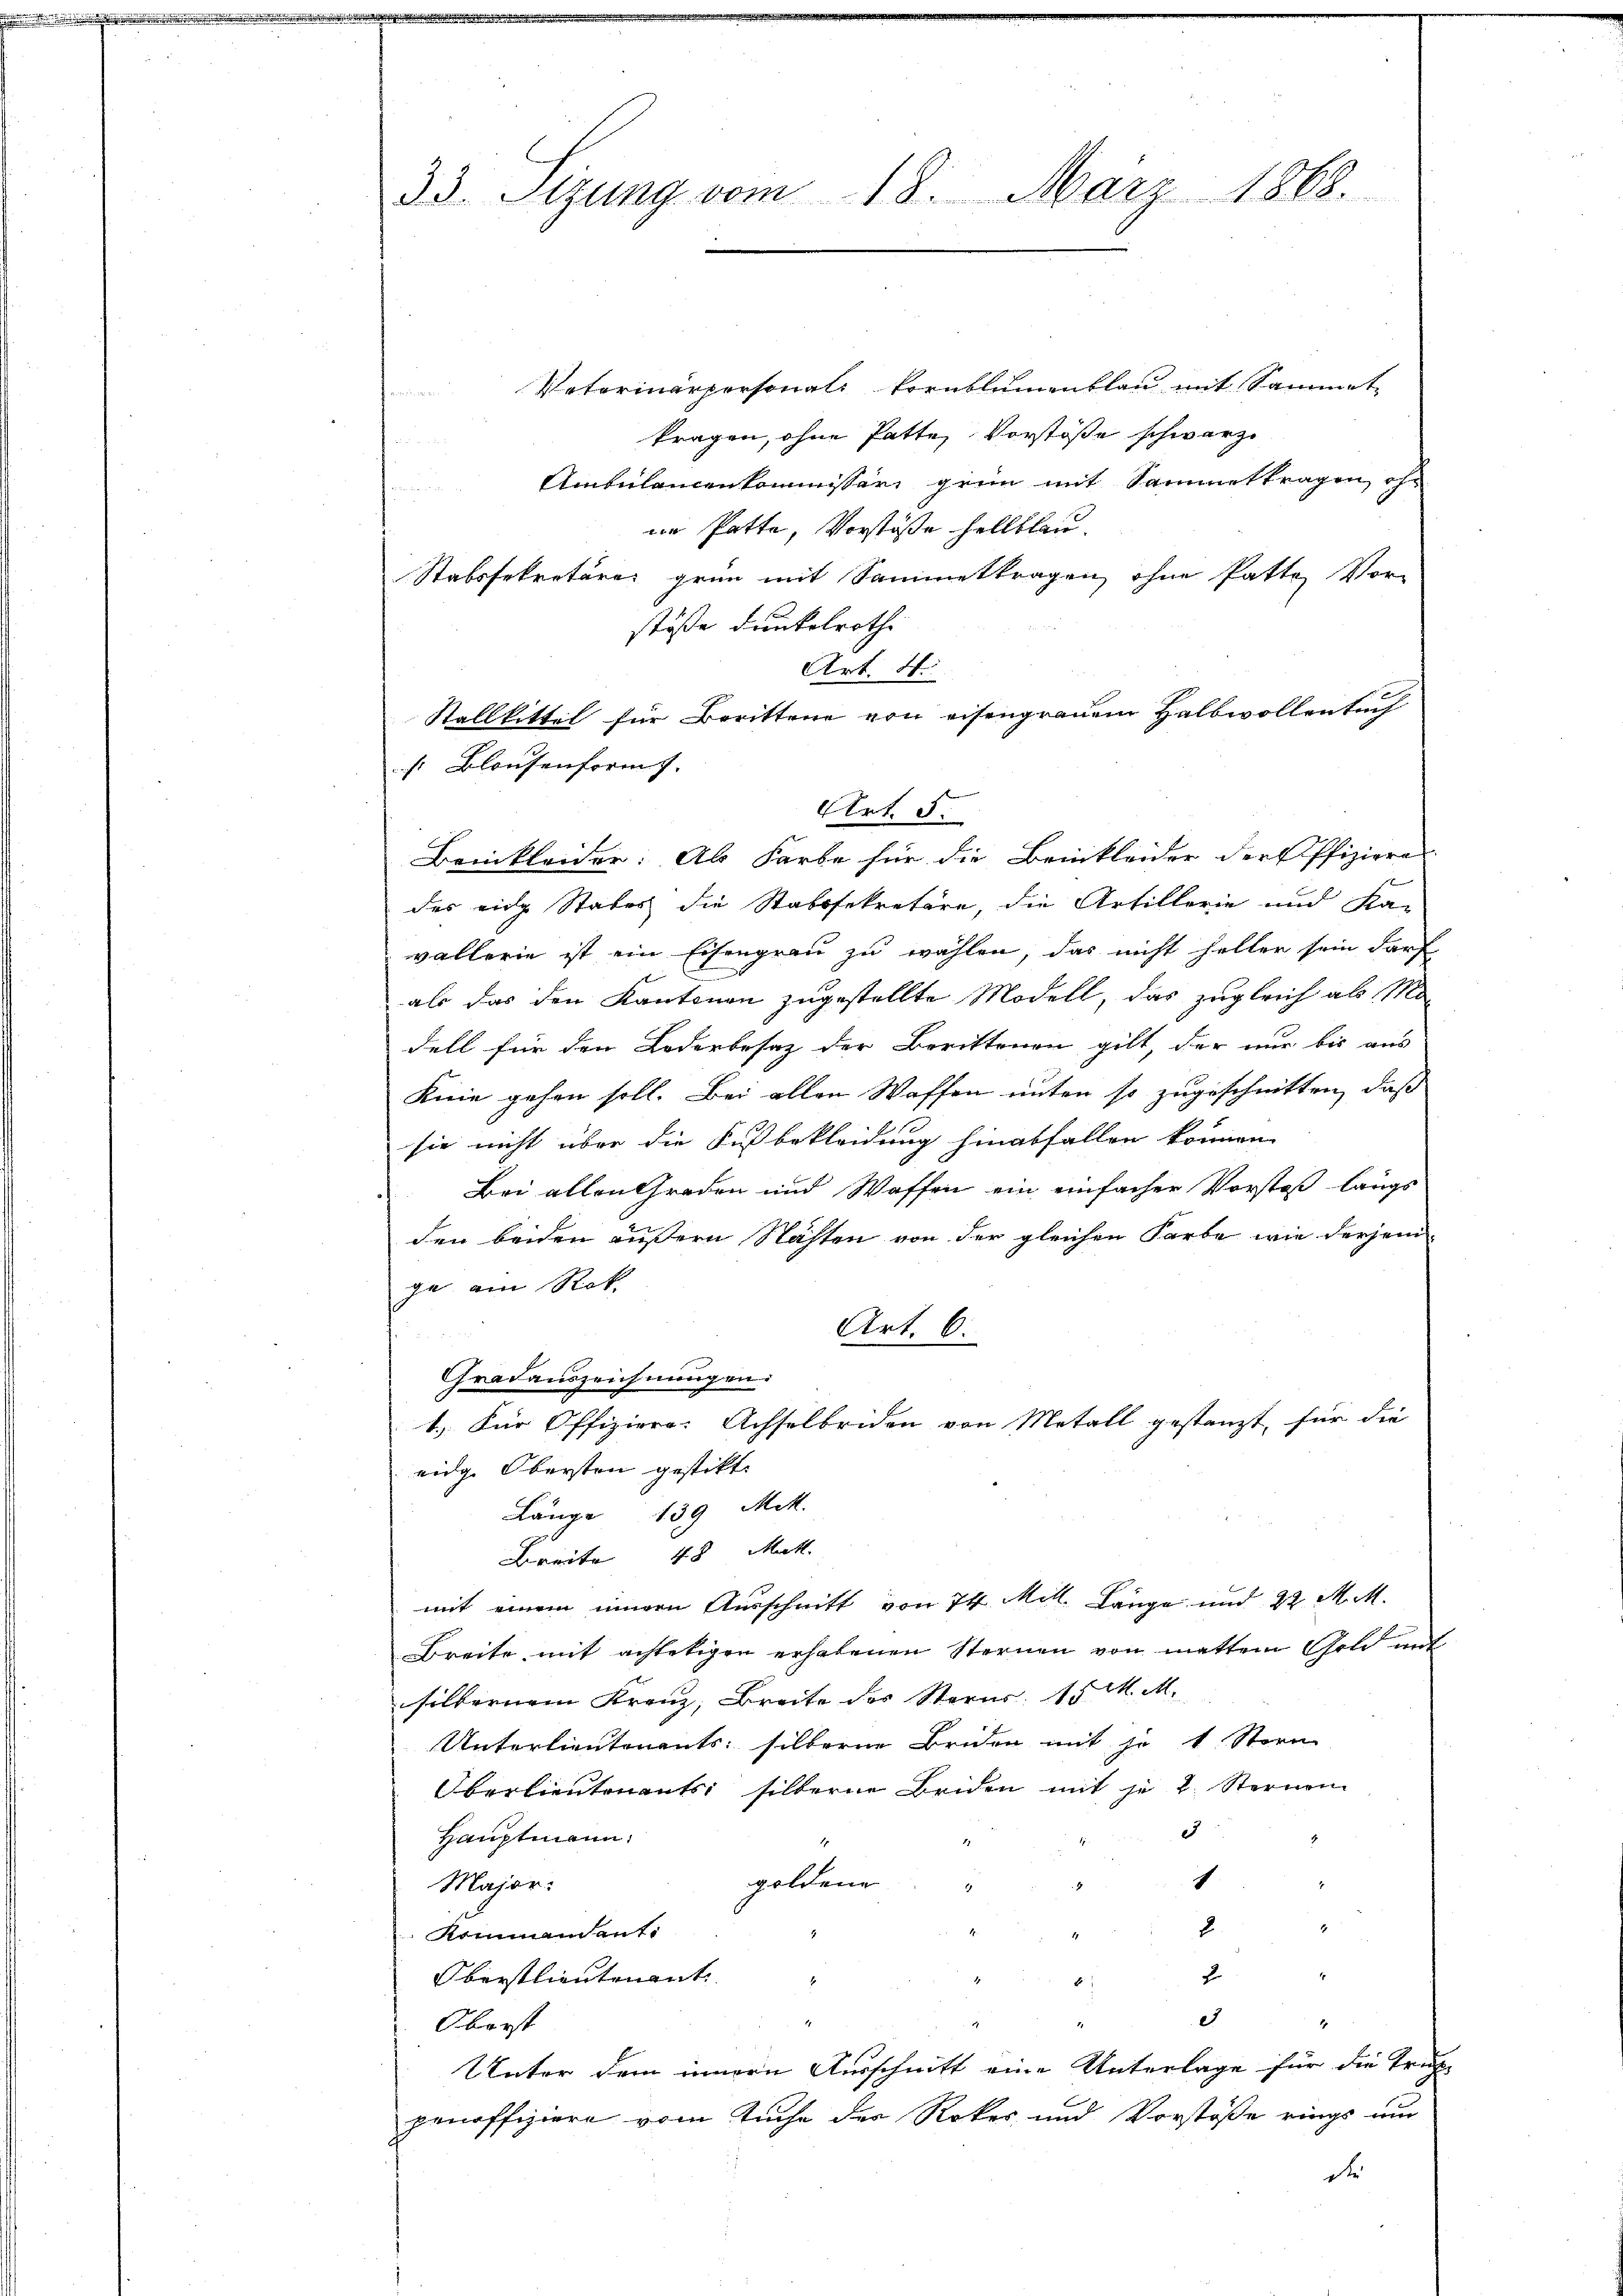
33. Stzung vom 18. März 1868.

Vetorinärpersonals Kornblumenblau mit Sammet
e
tragen, ohne Patte, Vorstöße schwarze
Ambulancenkommissär grün mit Sammettragen, ohim Patte, Vorstöße hellblau
Stabssekretäre grün mit Sammettragen, ohne Patte, Vor-
stöße dunkelrothe
Beinkleider: Als Farbe für die Beinkleider der Offiziere
des eine Stabes die Stabssekretäre, die Artillerie und Ka-
vallerie ist ein Eisengrau zu wählen, das nicht hellen sein darf
als das den Kantonen zugestellte Modell, das zugleich als Mo-
dell für den Lederbesaz der Berittenen gilt, der nur bis aus
Kine gehen soll. Bei allen Waffen unter so zugeschnitten, daß
sie nicht über die Fussbekleidung hinabfallen können.
Bei allen Graden und Waffen ein einfacher Vorstoß längs
den beiden äussern Nächten von der gleichen Farbe wie derjeni
je am Rok
Art. 6.
Gradauszeichnungen:
1.) Für Offiziere. Achselbriden von Metall gestanzt, für die
eidge Obersten gestitt.
Länge 139 Mitt.
Breite 48 Mitt
mit einem innern Ausschnitt von 74. Mitt. Länge und 22 M. M.
Breite mit achtetigen erhabenen Sternen von matten Gold mit
silbernem Kranz, Breite des Sternr. 15 M. M.
Unterlieutenants silberne Briden mit je 1 Stern
Oberlieutenants silberne Beiden mit je 2. Sternem
3
Hauptmann,
1
goldene
Major.
t
2
Kommandants
h
2
Oberstlieutenant
2
Oberst
Unter dem innern Ausschnitt eine Unterlage für die Trup-
penoffiziere vom Tuche der Rokes und Vorstöße rings um
die

Art. 4.
Stallkittel für Berittene von eisengrauem Halbwollentuch
s Blausenformt.
Art. 5.